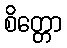
စိတ္တော